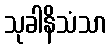
သုခါနိသံသာ